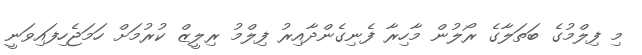
މި ފިލްމުގެ ބަތަލާގެ ރޯލުން މާހިރާ ފެނިގެންދާއިރު ފިލްމު ރިލީޒް ކުރުމަށް ހަމަޖެހިފައިވަނީ